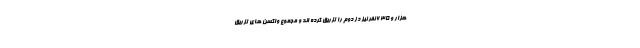
هزار و ۶۳۵ نفر نیز دُز دوم را تزریق کرده اند و مجموع واکسن های تزریق